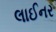
લાઈનર